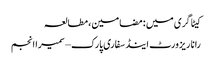
کیٹاگری میں : مضامین، مطالعہ
رانا ریزورٹ اینڈ سفاری پارک – سمیرا انجم